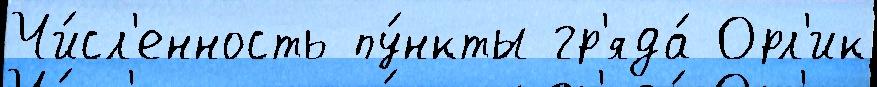
Чи́сл'енность пу́нкты гр'яда́ Орл'ик